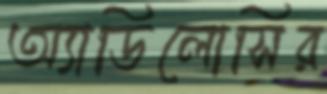
অ্যাডিলোসির